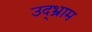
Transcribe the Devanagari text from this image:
उद्भ्राम